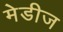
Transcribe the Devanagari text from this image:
मेडीज